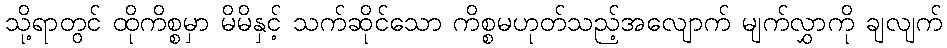
သို့ရာတွင် ထိုကိစ္စမှာ မိမိနှင့် သက်ဆိုင်သော ကိစ္စမဟုတ်သည့်အလျောက် မျက်လွှာကို ချလျက်